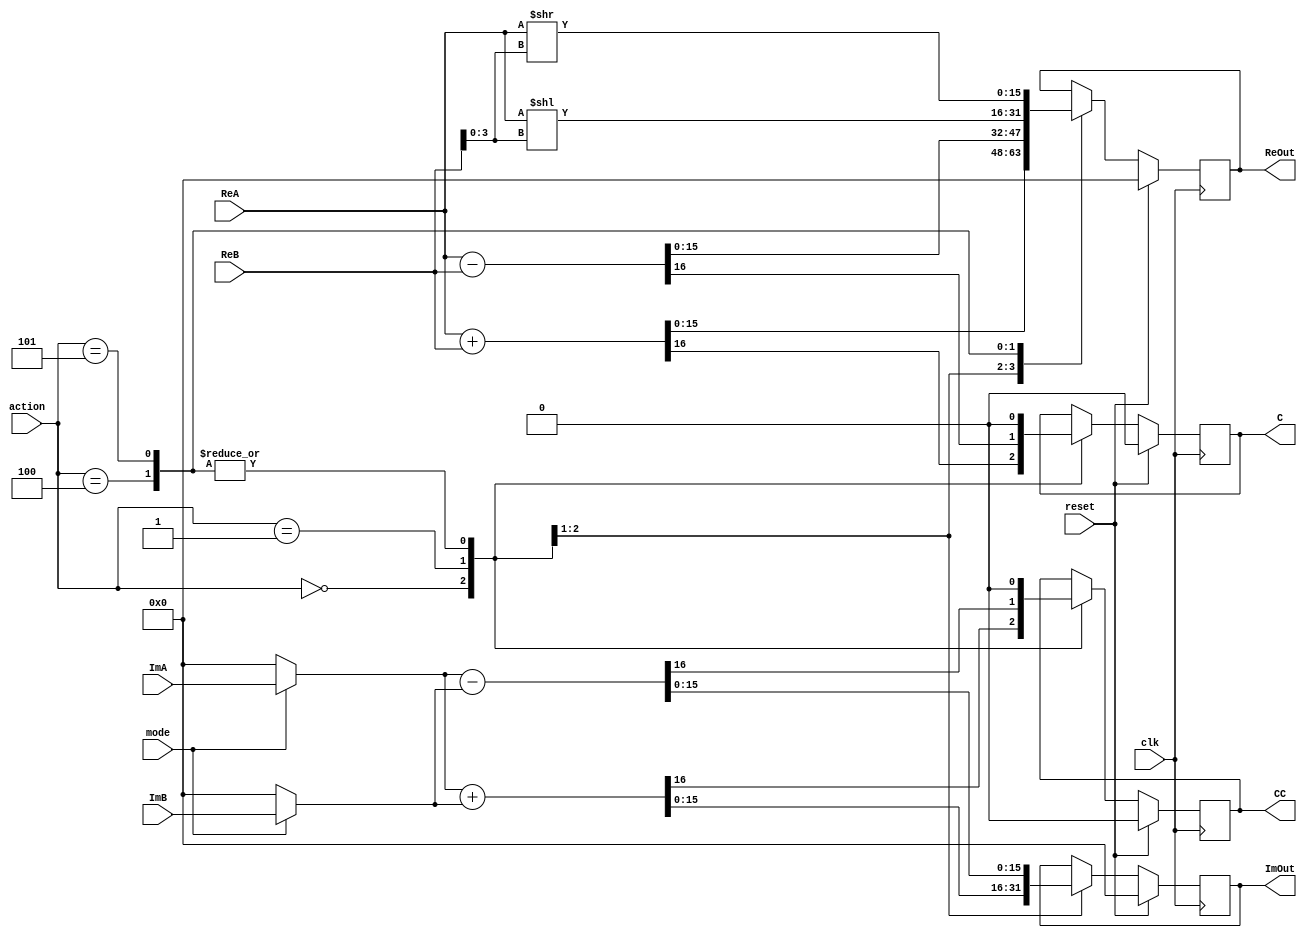
module AU(
	input clk, mode, reset,
	input [2:0] action,
	input [15:0] ReA, ReB, ImA, ImB,
	output reg C,CC,
	output reg [15:0] ReOut, ImOut);
	
	always @(posedge clk)
	begin
	if (reset)
		begin
			ReOut<=0;
			ImOut<=0;
			C<=0;
			CC<=0;
		end
	else
		case(action)
		0: begin 
			{C,ReOut}<={1'd0,ReA}+{1'd0,ReB};
			{CC,ImOut}<={1'd0,mode?ImA:16'd0}+{1'd0,mode?ImB:16'd0};
			end
		1: begin
			{C,ReOut}<={1'd0,ReA}-{1'd0,ReB};
			{CC,ImOut}<={1'd0,mode?ImA:16'd0}-{1'd0,mode?ImB:16'd0};
			end
		4: begin
			ReOut<=ReA<<ReB[3:0];
			C<=0;
			CC<=0;
		   end
		5: begin
			ReOut<=ReA>>ReB[3:0];
			C<=0;
			CC<=0;
		   end
		endcase
	end
	
endmodule